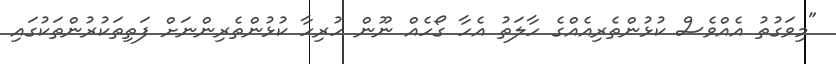
"މިވަގުތު އެއްވެސް ކުޅުންތެރިއެއްގެ ހާލަތު އެހާ ގޯހެއް ނޫން ހުރިހާ ކުޅުންތެރިންނަށް ފަތިތަކުރުންތަކުގައި